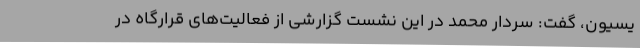
یسیون، گفت: سردار محمد در این نشست گزارشی از فعالیت‌های قرارگاه در